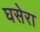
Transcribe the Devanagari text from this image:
घसेरा